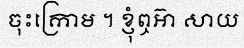
ចុះក្រោម ។ ខ្ញុំឮអ៊ា សាយ